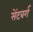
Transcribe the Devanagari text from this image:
सेंटबर्ग